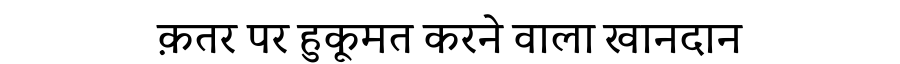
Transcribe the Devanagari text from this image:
क़तर पर हुकूमत करने वाला खानदान